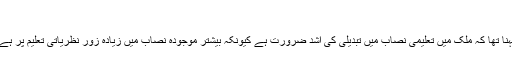
‘‘
ڈاکٹر اے ایچ نیر کا کہنا تھا کہ ملک میں تعلیمی نصاب میں تبدیلی کی اشد ضرورت ہے کیونکہ بیشتر موجودہ نصاب میں زیادہ زور نظریاتی تعلیم پر ہے ناکہ تعلیمی اہلیت پر۔